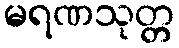
မရဏသုတ္တ